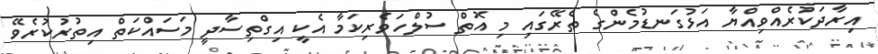
އިރާދަކުރެއްވިއްޔާ އަޅުގަނޑުމެންގެ ތެރޭގައި މި އޮތް ސުލްހަވެރިކަމާ އެކީ އިގްތިސާދީ މަސައްކަތް އިތުރުކުރެވޭ